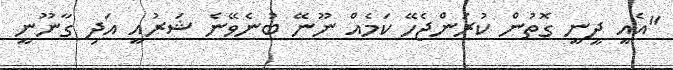
"އެއީ ދީނީ ގޮތުން ކުރަންޖެހޭ ކަމެއް ނޫނޭ ބުނެވޭނެ ޝަރުއީ އަދި ގާނޫނީ